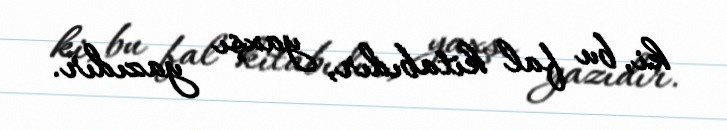
ki, bu fal kitabıdır, yaxşı yazıdır.